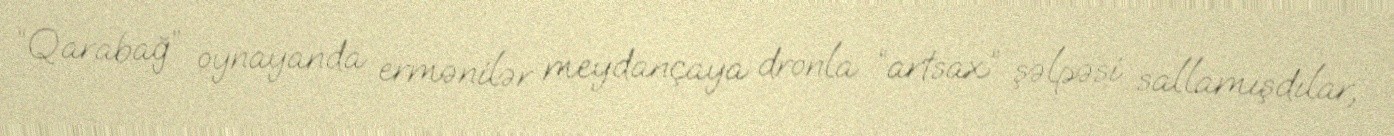
“Qarabağ” oynayanda ermənilər meydançaya dronla “artsax” şəlpəsi sallamışdılar,